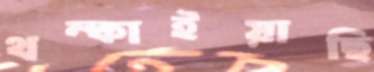
থম্‌কাইয়াছি